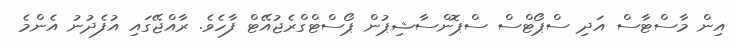
އިން މާސްޓާސް އަދި ސްޕޯޓްސް ސްޕޮންސާޝިޕުން ޕޯސްޓްގްރެޖުއޭޓް ފާހެވެ. ރާއްޖޭގައި އުފެދުނު އެންމެ